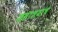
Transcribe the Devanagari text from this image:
जलाशयांचे